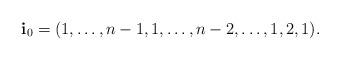
LaTeX: \begin{align*}\mathbf{i}_0=(1,\dots,n-1,1,\dots,n-2,\dots,1,2,1).\end{align*}